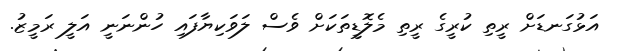
އަޅުގަނޑަށް ރީތި ކުރީގެ ރީތި މެލޮޑީތަކަށް ވެސް ލަވަކިޔާފައި ހުންނަނީ އަލީ ރަމީޒު.